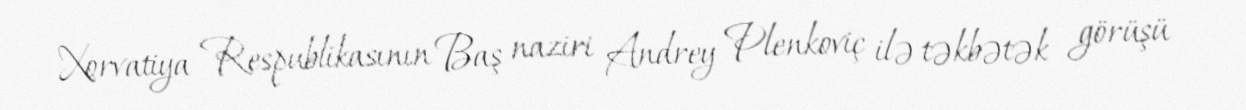
Xorvatiya Respublikasının Baş naziri Andrey Plenkoviç ilə təkbətək görüşü